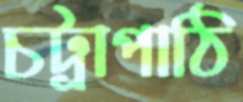
চট্রাপাঠি